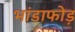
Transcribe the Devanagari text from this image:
भांडाफोड़